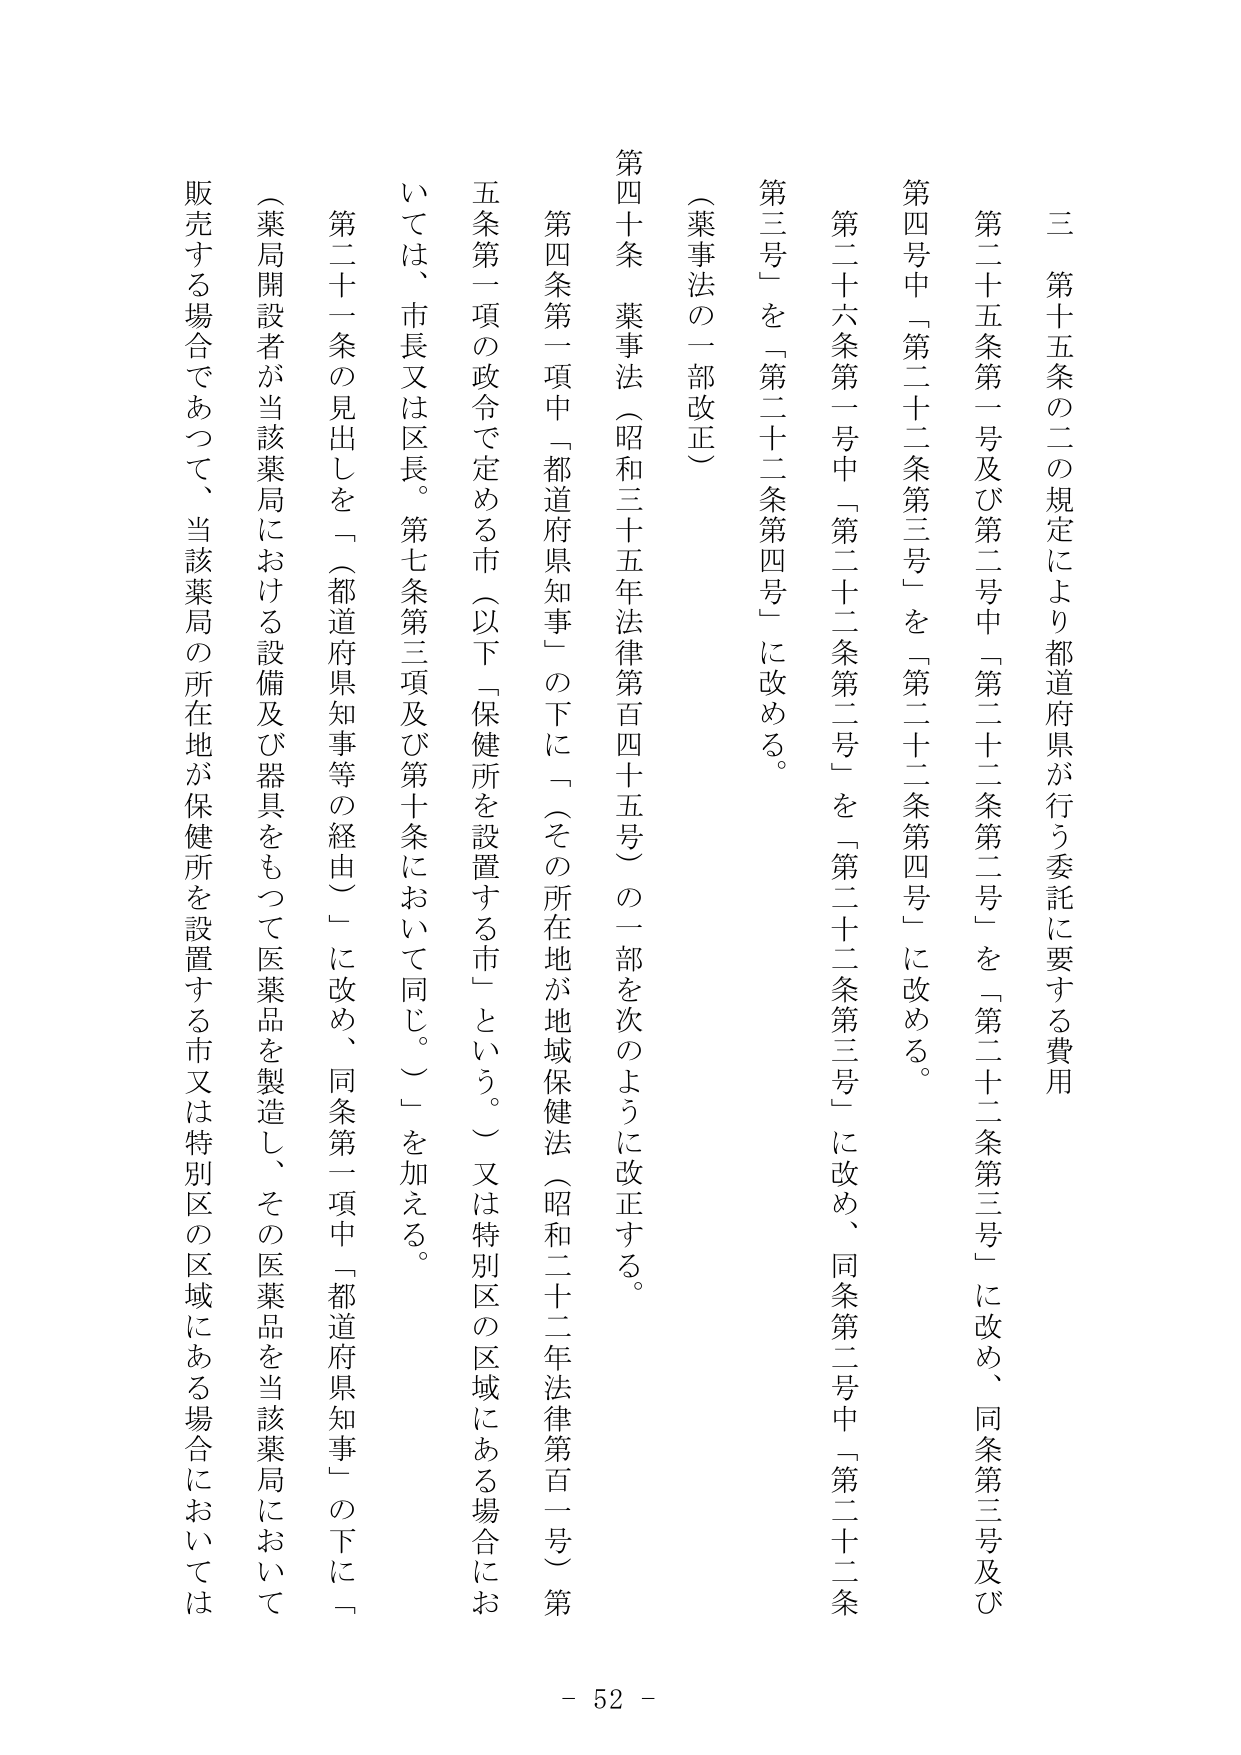
三　第十五条の二の規定により都道府県が行う委託に要する費用

第二十五条第一号及び第二号中「第二十二条第二号」を「第二十二条第三号」に改め、同条第三号及び第四号中「第二十二条第三号」を「第二十二条第四号」に改める。

第二十六条第一号中「第二十二条第二号」を「第二十二条第三号」に改め、同条第二号中「第二十二条第三号」を「第二十二条第四号」に改める。

（薬事法の一部改正）

第四十条　薬事法（昭和三十五年法律第百四十五号）の一部を次のように改正する。

第四条第一項中「都道府県知事」の下に「（その所在地が地域保健法（昭和二十二年法律第百一号）第五条第一項の政令で定める市（以下「保健所を設置する市」という。）又は特別区の区域にある場合においては、市長又は区長。第七条第三項及び第十条において同じ。）」を加える。

第二十一条の見出しを「（都道府県知事等の経由）」に改め、同条第一項中「都道府県知事」の下に「（薬局開設者が当該薬局における設備及び器具をもつて医薬品を製造し、その医薬品を当該薬局において販売する場合であつて、当該薬局の所在地が保健所を設置する市又は特別区の区域にある場合においては

- 52 -